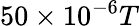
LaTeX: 50\times 10^{-6}T